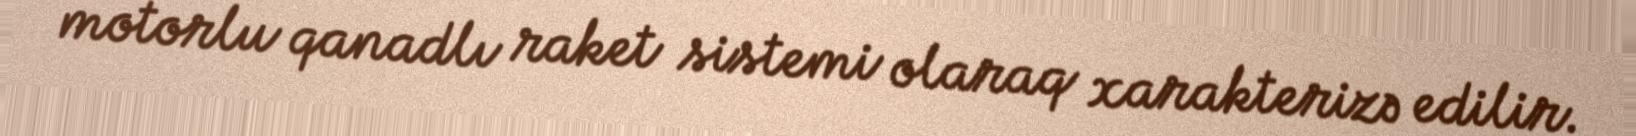
motorlu qanadlı raket sistemi olaraq xarakterizə edilir.